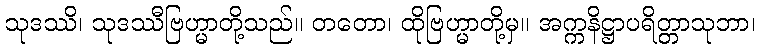
သုဒဿိ၊ သုဒဿီဗြဟ္မာတို့သည်။ တတော၊ ထိုဗြဟ္မာတို့မှ။ အက္ကနိဋ္ဌာပရိတ္တာသုဘာ၊